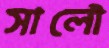
সালৌ